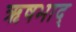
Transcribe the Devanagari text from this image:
ऋषभाद्